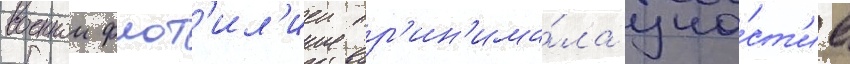
военнои флот'ил'иеи пр'ин'има́ла уча́ст'ие